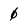
Character: 0